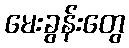
မေးခွန်းတွေ